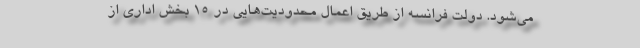
می‌شود. دولت فرانسه از طریق اعمال محدودیت‌هایی در ۱۵ بخش اداری از